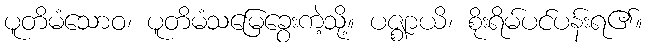
ပူတိမံသောဝ၊ ပူတိမံသမြေခွေးကဲ့သို့။ ပဇ္ဈာယိ၊ စိုးရိမ်ပင်ပန်းရ၏။